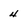
Character: 4